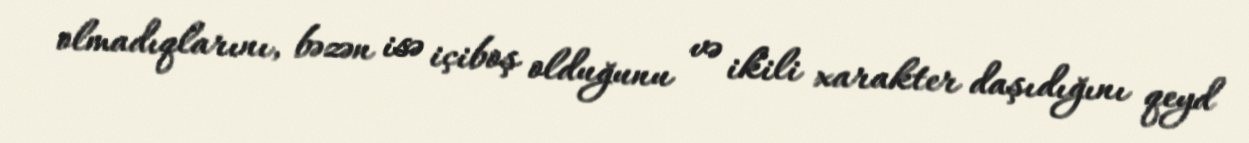
olmadıqlarını, bəzən isə içiboş olduğunu və ikili xarakter daşıdığını qeyd